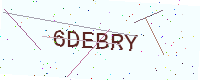
Text: 6DEBRY